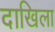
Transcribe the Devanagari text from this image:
दाखिला